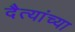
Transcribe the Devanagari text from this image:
दैत्यांच्या